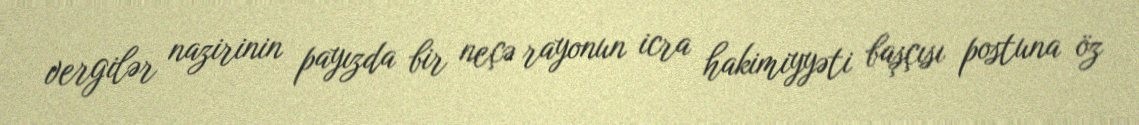
vergilər nazirinin payızda bir neçə rayonun icra hakimiyyəti başçısı postuna öz